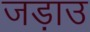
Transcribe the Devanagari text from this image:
जड़ाउ